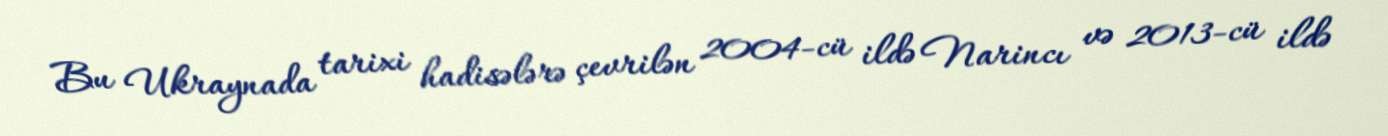
Bu Ukraynada tarixi hadisələrə çevrilən 2004-cü ildə Narincı və 2013-cü ildə